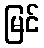
မြင်